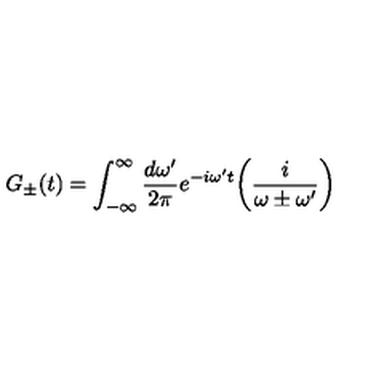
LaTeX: G _ { \pm } ( t ) = \int _ { - \infty } ^ { \infty } { \frac { d \omega ^ { \prime } } { 2 \pi } } e ^ { - i \omega ^ { \prime } t } \biggl ( { \frac { i } { \omega \pm \omega ^ { \prime } } } \biggr )